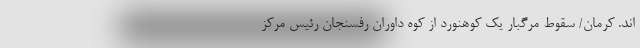
اند. کرمان/ سقوط مرگبار یک کوهنورد از کوه داوران رفسنجان رئیس مرکز